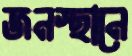
জনস্থানে